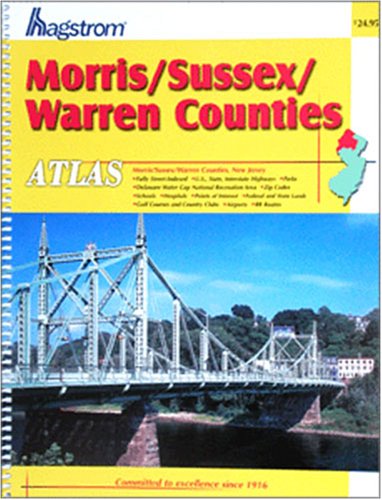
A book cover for Hagstrom Morris/Sussex/Warren Counties Atlas: Large Scale Edition (Hagstrom Warren, Morris, Sussex Counties Atlas Large Scale); Travel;